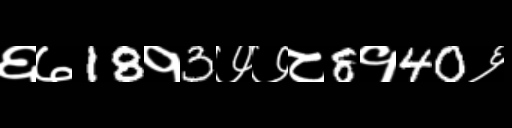
Text: ६७18१3७७८8१40६